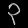
Digit: ၃